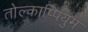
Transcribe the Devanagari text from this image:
तोल्काप्पियुम